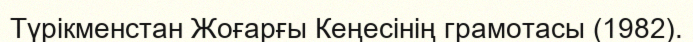
Түрікменстан Жоғарғы Кеңесінің грамотасы (1982).